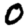
Digit: 0